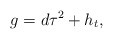
\begin{align*}g = d\tau^2 + h_{t},\end{align*}